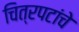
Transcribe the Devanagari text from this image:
चित्रपटांंचे